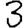
Digit: 3